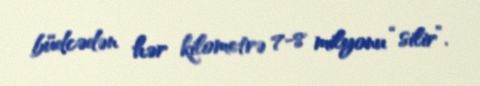
büdcədən hər kilometrə 7-8 milyonu “silir”.